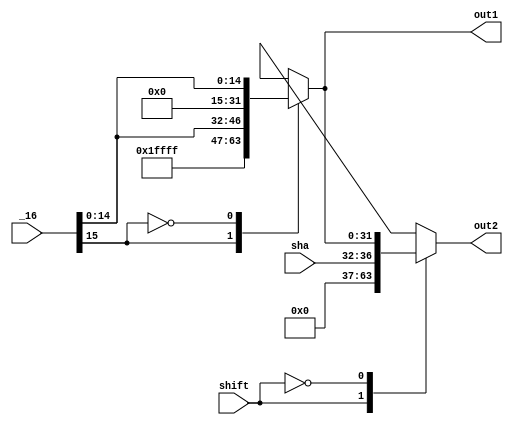
module extend(_16,sha,shift,out1,out2);
  input [15:0] _16;
  input [4:0] sha;
  input shift;
  output [31:0] out1;
  output [31:0] out2;
  reg [31:0] out1;
  reg [31:0] out2;
  reg [31:0] temp;
  always @(_16,sha,shift) begin
  	////////////////////////?
  	case (_16[15])
  	1:begin
  		out1={16'b1111111111111111,_16[15:0]};
  		temp={16'b1111111111111111,_16[15:0]};
  	end
  	0:begin
  		out1={16'b0000000000000000,_16[15:0]};
  		temp={16'b0000000000000000,_16[15:0]};
  	end
  	default:begin
  		out1=0;
  		temp=0;
  	end
  	endcase
    /////////////////////
    case (shift)
    1:begin
    	out2={27'b000000000000000000000000000,sha[4:0]};
    end
    0:begin
    	out2=temp;
    end
    default:begin
    	out2=0;
    end
    endcase
  end
endmodule